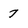
Character: 7